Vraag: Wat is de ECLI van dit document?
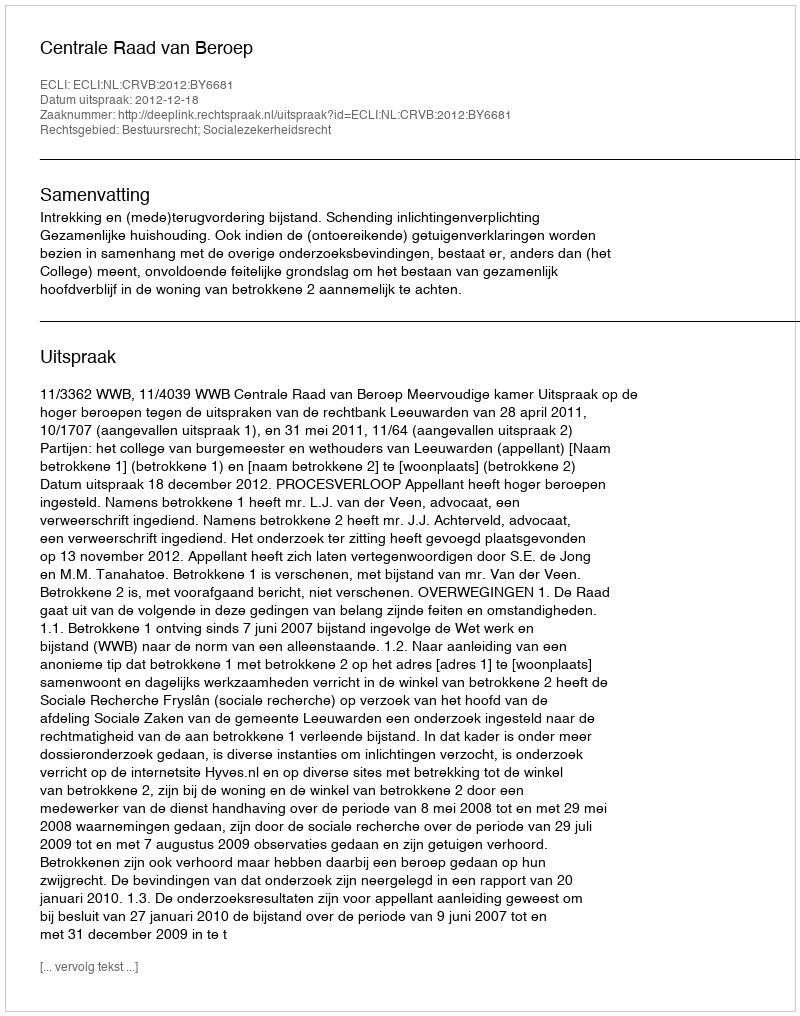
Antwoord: ECLI:NL:CRVB:2012:BY6681